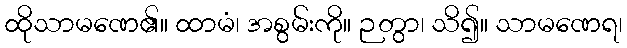
ထိုသာမဏေ၏။ ထာမံ၊ အစွမ်းကို။ ဉတွာ၊ သိ၍။ သာမဏေရ၊